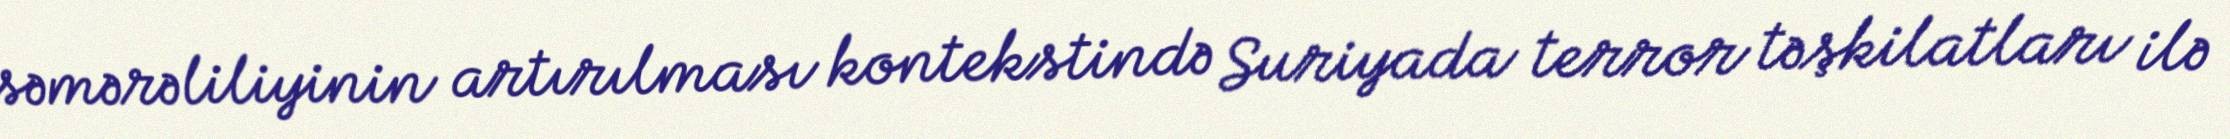
səmərəliliyinin artırılması kontekstində Suriyada terror təşkilatları ilə